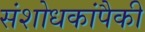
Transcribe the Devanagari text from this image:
संशोधकांपैकी